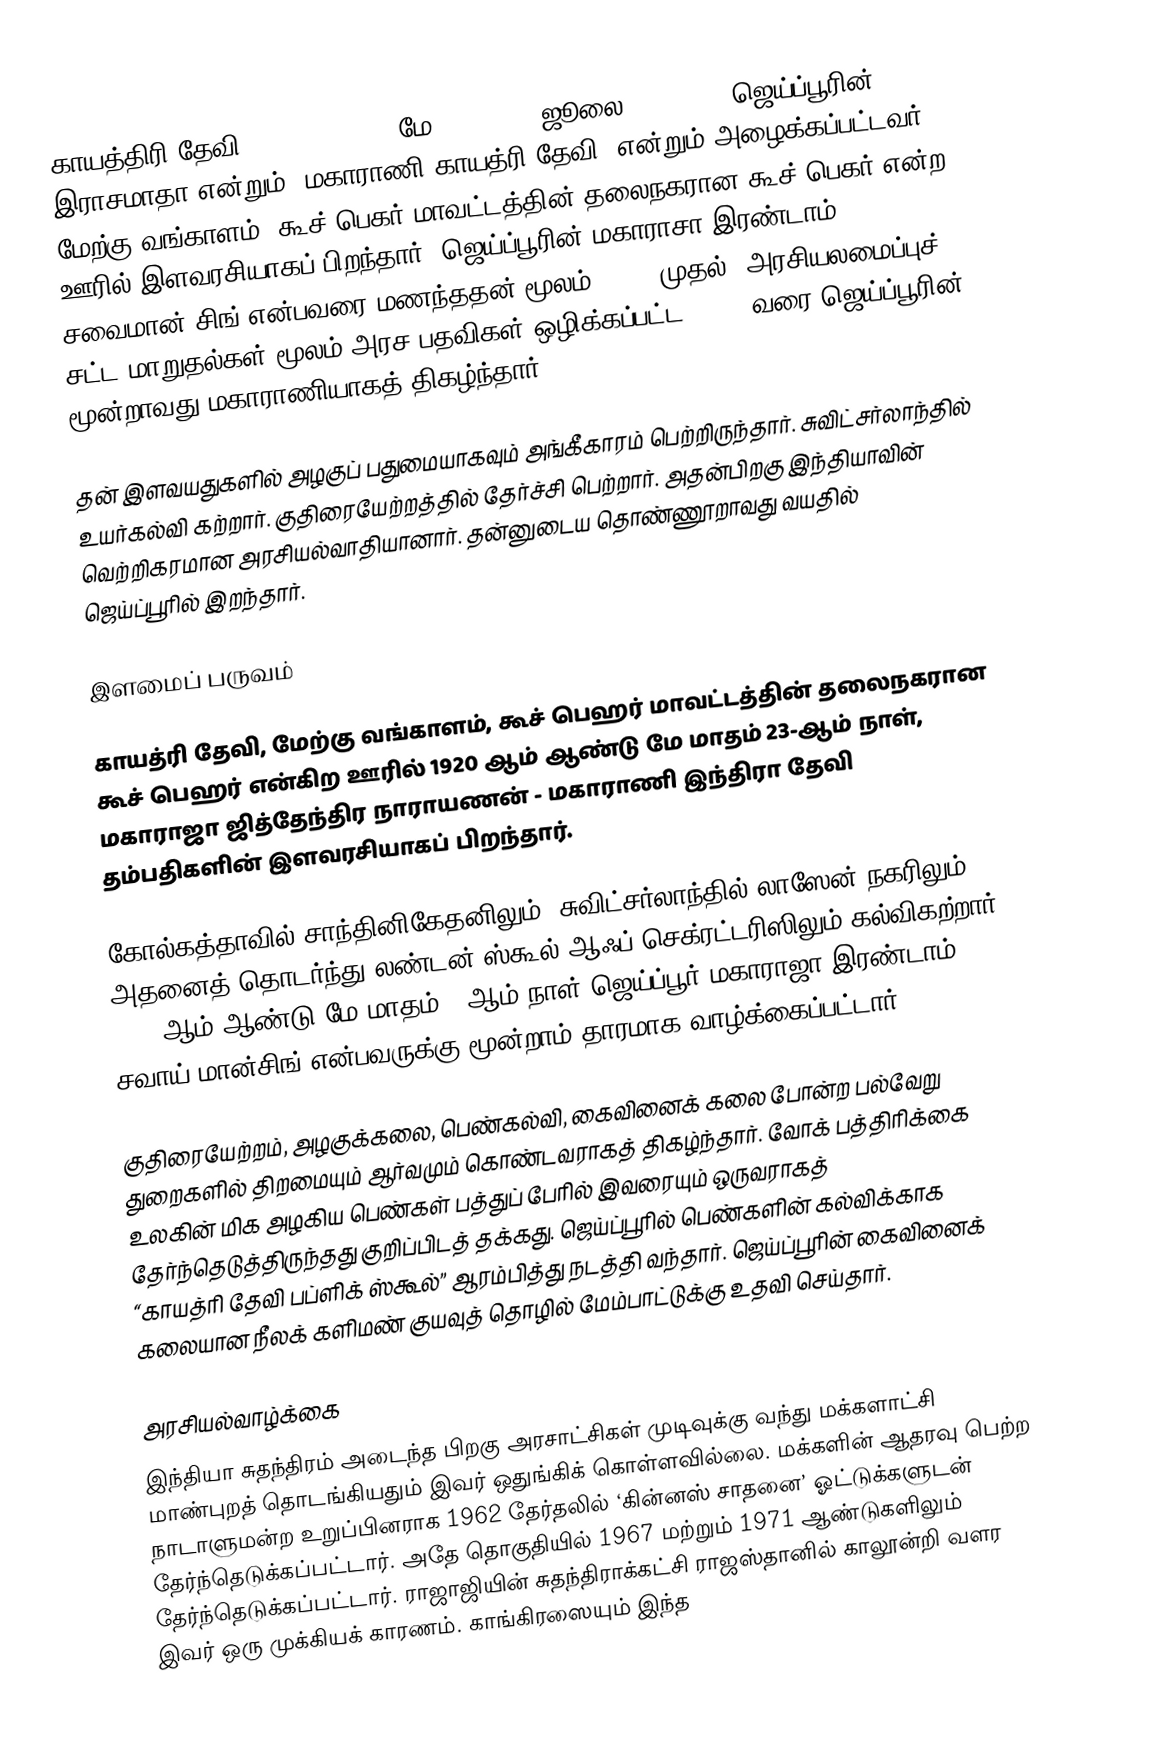
காயத்திரி தேவி (Gayatri Devi, மே 23 1920 - ஜூலை 29 2009), ஜெய்ப்பூரின் இராசமாதா என்றும் "மகாராணி காயத்ரி தேவி" என்றும் அழைக்கப்பட்டவர். மேற்கு வங்காளம், கூச் பெகர் மாவட்டத்தின் தலைநகரான கூச் பெகர் என்ற ஊரில் இளவரசியாகப் பிறந்தார். ஜெய்ப்பூரின் மகாராசா இரண்டாம் சவைமான் சிங் என்பவரை மணந்ததன் மூலம், 1939 முதல் (அரசியலமைப்புச் சட்ட மாறுதல்கள் மூலம் அரச பதவிகள் ஒழிக்கப்பட்ட) 1971 வரை  ஜெய்ப்பூரின் மூன்றாவது மகாராணியாகத் திகழ்ந்தார்.

தன் இளவயதுகளில் அழகுப் பதுமையாகவும் அங்கீகாரம் பெற்றிருந்தார். சுவிட்சர்லாந்தில் உயர்கல்வி கற்றார். குதிரையேற்றத்தில் தேர்ச்சி பெற்றார்.  அதன்பிறகு இந்தியாவின் வெற்றிகரமான அரசியல்வாதியானார். தன்னுடைய தொண்ணூறாவது வயதில் ஜெய்ப்பூரில் இறந்தார்.

இளமைப் பருவம்

காயத்ரி தேவி, மேற்கு வங்காளம், கூச் பெஹர் மாவட்டத்தின் தலைநகரான கூச் பெஹர் என்கிற ஊரில் 1920 ஆம் ஆண்டு மே மாதம் 23-ஆம் நாள், மகாராஜா ஜித்தேந்திர நாராயணன் - மகாராணி இந்திரா தேவி தம்பதிகளின் இளவரசியாகப் பிறந்தார்.

கோல்கத்தாவில் சாந்தினிகேதனிலும், சுவிட்சர்லாந்தில் லாஸேன் நகரிலும், அதனைத் தொடர்ந்து லண்டன் ஸ்கூல் ஆஃப் செக்ரட்டரிஸிலும் கல்விகற்றார். 1940-ஆம் ஆண்டு மே மாதம் 9-ஆம் நாள் ஜெய்ப்பூர் மகாராஜா இரண்டாம் சவாய் மான்சிங் என்பவருக்கு மூன்றாம் தாரமாக வாழ்க்கைப்பட்டார்.

குதிரையேற்றம், அழகுக்கலை, பெண்கல்வி, கைவினைக் கலை போன்ற பல்வேறு துறைகளில் திறமையும் ஆர்வமும் கொண்டவராகத் திகழ்ந்தார். வோக் பத்திரிக்கை உலகின் மிக அழகிய பெண்கள் பத்துப் பேரில் இவரையும் ஒருவராகத் தேர்ந்தெடுத்திருந்தது குறிப்பிடத் தக்கது. ஜெய்ப்பூரில் பெண்களின் கல்விக்காக “காயத்ரி தேவி பப்ளிக் ஸ்கூல்” ஆரம்பித்து நடத்தி வந்தார். ஜெய்ப்பூரின் கைவினைக் கலையான நீலக் களிமண் குயவுத் தொழில் மேம்பாட்டுக்கு உதவி செய்தார்.

அரசியல்வாழ்க்கை
இந்தியா சுதந்திரம் அடைந்த பிறகு அரசாட்சிகள் முடிவுக்கு வந்து மக்களாட்சி மாண்புறத் தொடங்கியதும் இவர் ஒதுங்கிக் கொள்ளவில்லை. மக்களின் ஆதரவு பெற்ற நாடாளுமன்ற உறுப்பினராக 1962 தேர்தலில் ‘கின்னஸ் சாதனை’ ஓட்டுக்களுடன் தேர்ந்தெடுக்கப்பட்டார். அதே தொகுதியில் 1967 மற்றும் 1971 ஆண்டுகளிலும் தேர்ந்தெடுக்கப்பட்டார். ராஜாஜியின் சுதந்திராக்கட்சி ராஜஸ்தானில் காலூன்றி வளர இவர் ஒரு முக்கியக் காரணம். காங்கிரஸையும் இந்த